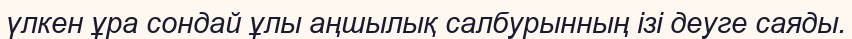
үлкен ұра сондай ұлы аңшылық салбурынның ізі деуге саяды.